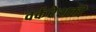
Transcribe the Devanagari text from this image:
वर्करेशकी